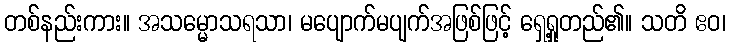
တစ်နည်းကား။ အသမ္မောသရသာ၊ မပျောက်မပျက်အဖြစ်ဖြင့် ရှေ့ရှုတည်၏။ သတိ ဧဝ၊